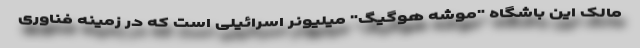
مالک این باشگاه "موشه هوگیگ" میلیونر اسرائیلی است که در زمینه فناوری